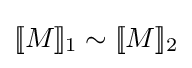
[\![M]\!]_{1}\sim [\![M]\!]_{2}